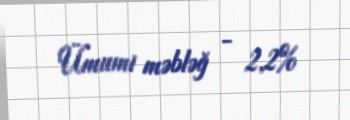
Ümumi məbləğ - 2,2%